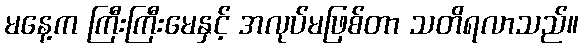
မနေ့က ကြီးကြီးမေနှင့် အလုပ်မဖြစ်တာ သတိရလာသည်။